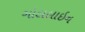
ગોલલાઇન